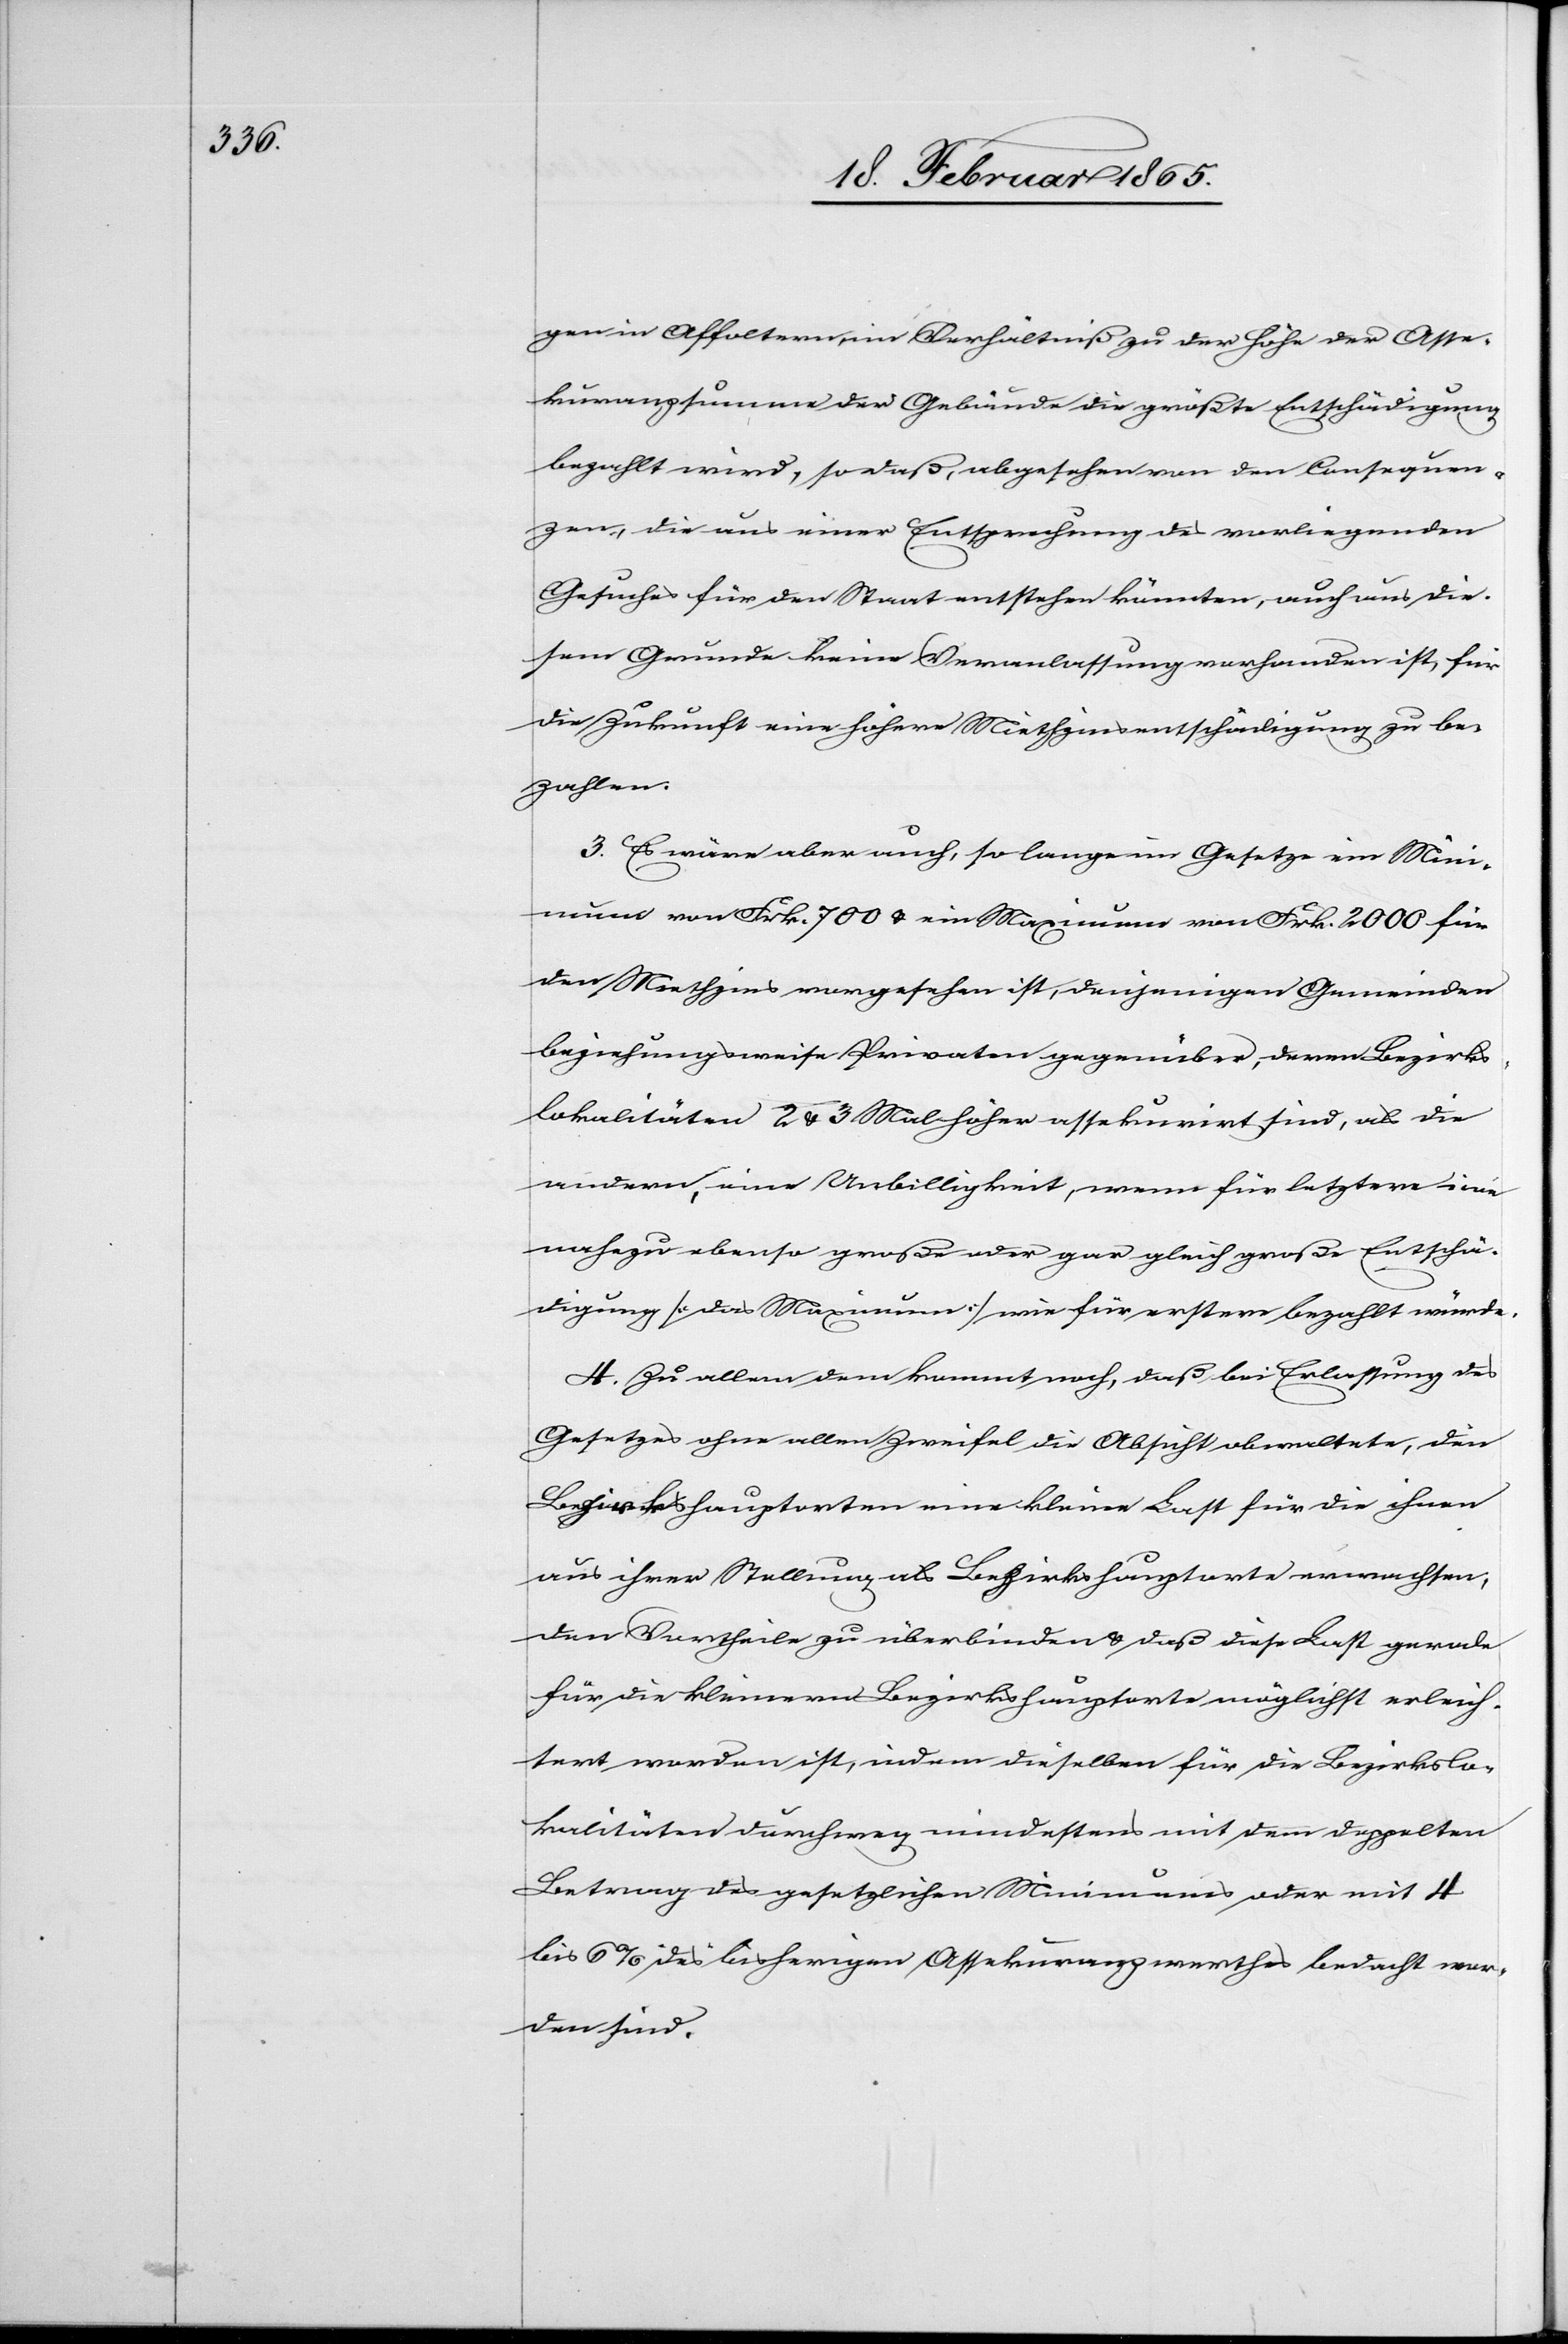
gen in Affoltern, im Verhältniß zu der Höhe der Asse¬
kuranzsumme der Gebäude die größte Entschädigung
bezahlt wird, so daß, abgesehen von den Consequen¬
zen, die aus einer Entsprechung des vorliegenden
Gesuches für den Staat entstehen könnten, auch aus die¬
sem Grunde keine Veranlassung vorhanden ist, für
die Zukunft eine höhere Miethzinsentschädigung zu be¬
zahlen.
3. Es wäre aber auch, so lange im Gesetze ein Mini¬
mum von Frk. 700 u. ein Maximum von Frk. 2000 für
den Miethzins vorgesehen ist, denjenigen Gemeinden
beziehungsweise Privaten gegenüber, deren Bezirks¬
lokalitäten 2 u. 3 Mal höher assekurirt sind, als die
andern, eine Unbilligkeit, wenn für letztere eine
nahezu ebenso große oder gar gleich große Entschä¬
digung [das Maximum] wie für erstern bezahlt würde.
4. Zu allem dem kommt noch, daß bei Erlassung des
Gesetzes ohne allen Zweifel die Absicht obwaltete, den
Bezirkshauptorten eine kleine Last für die ihnen
aus ihrer Stellung als Bezirkshauptorte erwachsen¬
den Vortheile zu überbinden u. daß diese Last gerade
für die kleinern Bezirkshauptorte möglichst erleich¬
tert worden ist, indem dieselben für die Bezirkslo¬
kalitäten durchweg mindestens mit dem doppelten
Betrag des gesetzlichen Minimums oder mit 4
bis 6 % des bisherigen Assekuranzwerthes bedacht wor¬
den sind.